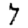
Digit: 7